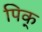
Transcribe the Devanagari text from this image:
पिक्